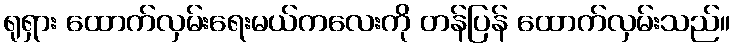
ရုရှား ထောက်လှမ်းရေးမယ်ကလေးကို တန်ပြန် ထောက်လှမ်းသည်။